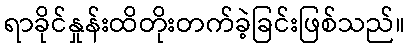
ရာခိုင်နှုန်းထိတိုးတက်ခဲ့ခြင်းဖြစ်သည်။